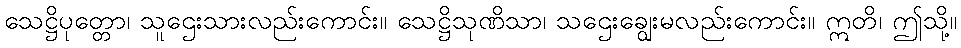
သေဋ္ဌိပုတ္တော၊ သူဌေးသားလည်းကောင်း။ သေဋ္ဌိသုဏိသာ၊ သဌေးချွေးမလည်းကောင်း။ ဣတိ၊ ဤသို့။